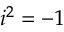
i ^ { 2 } = - 1